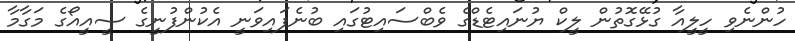
ހުންނެވި ހީލީއާ ގުޅޭގޮތުން ލީކް ޔުނައިޓެޑްގެ ވެބްސައިޓުގައި ބުނެފައިވަނީ އެކުންފުނީގެ ސީއީއޯގެ މަގާމާ